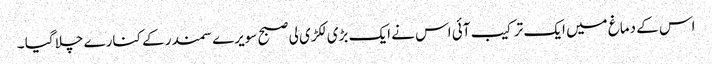
اس کے دماغ میں ایک ترکیب آئی اس نے ایک بڑی لکڑی لی صبح سویرے سمندر کے کنارے چلا گیا ۔